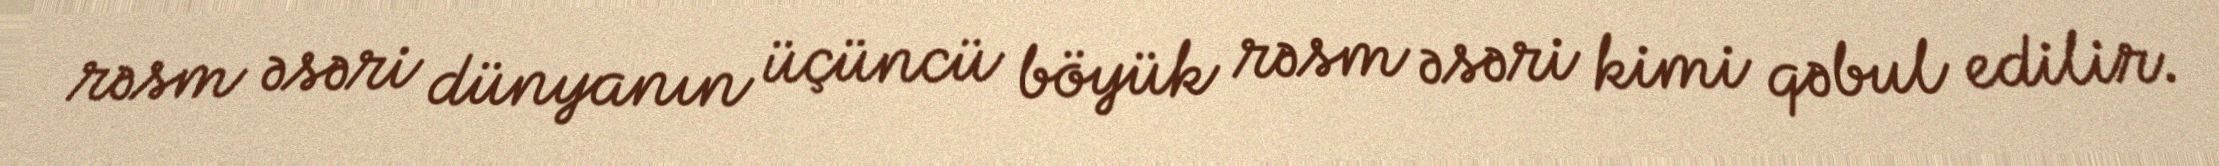
rəsm əsəri dünyanın üçüncü böyük rəsm əsəri kimi qəbul edilir.